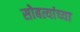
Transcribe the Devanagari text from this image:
सोबत्यांच्या